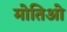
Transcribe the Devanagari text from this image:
मोतिओ